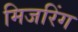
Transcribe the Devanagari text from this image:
मिजरिंग